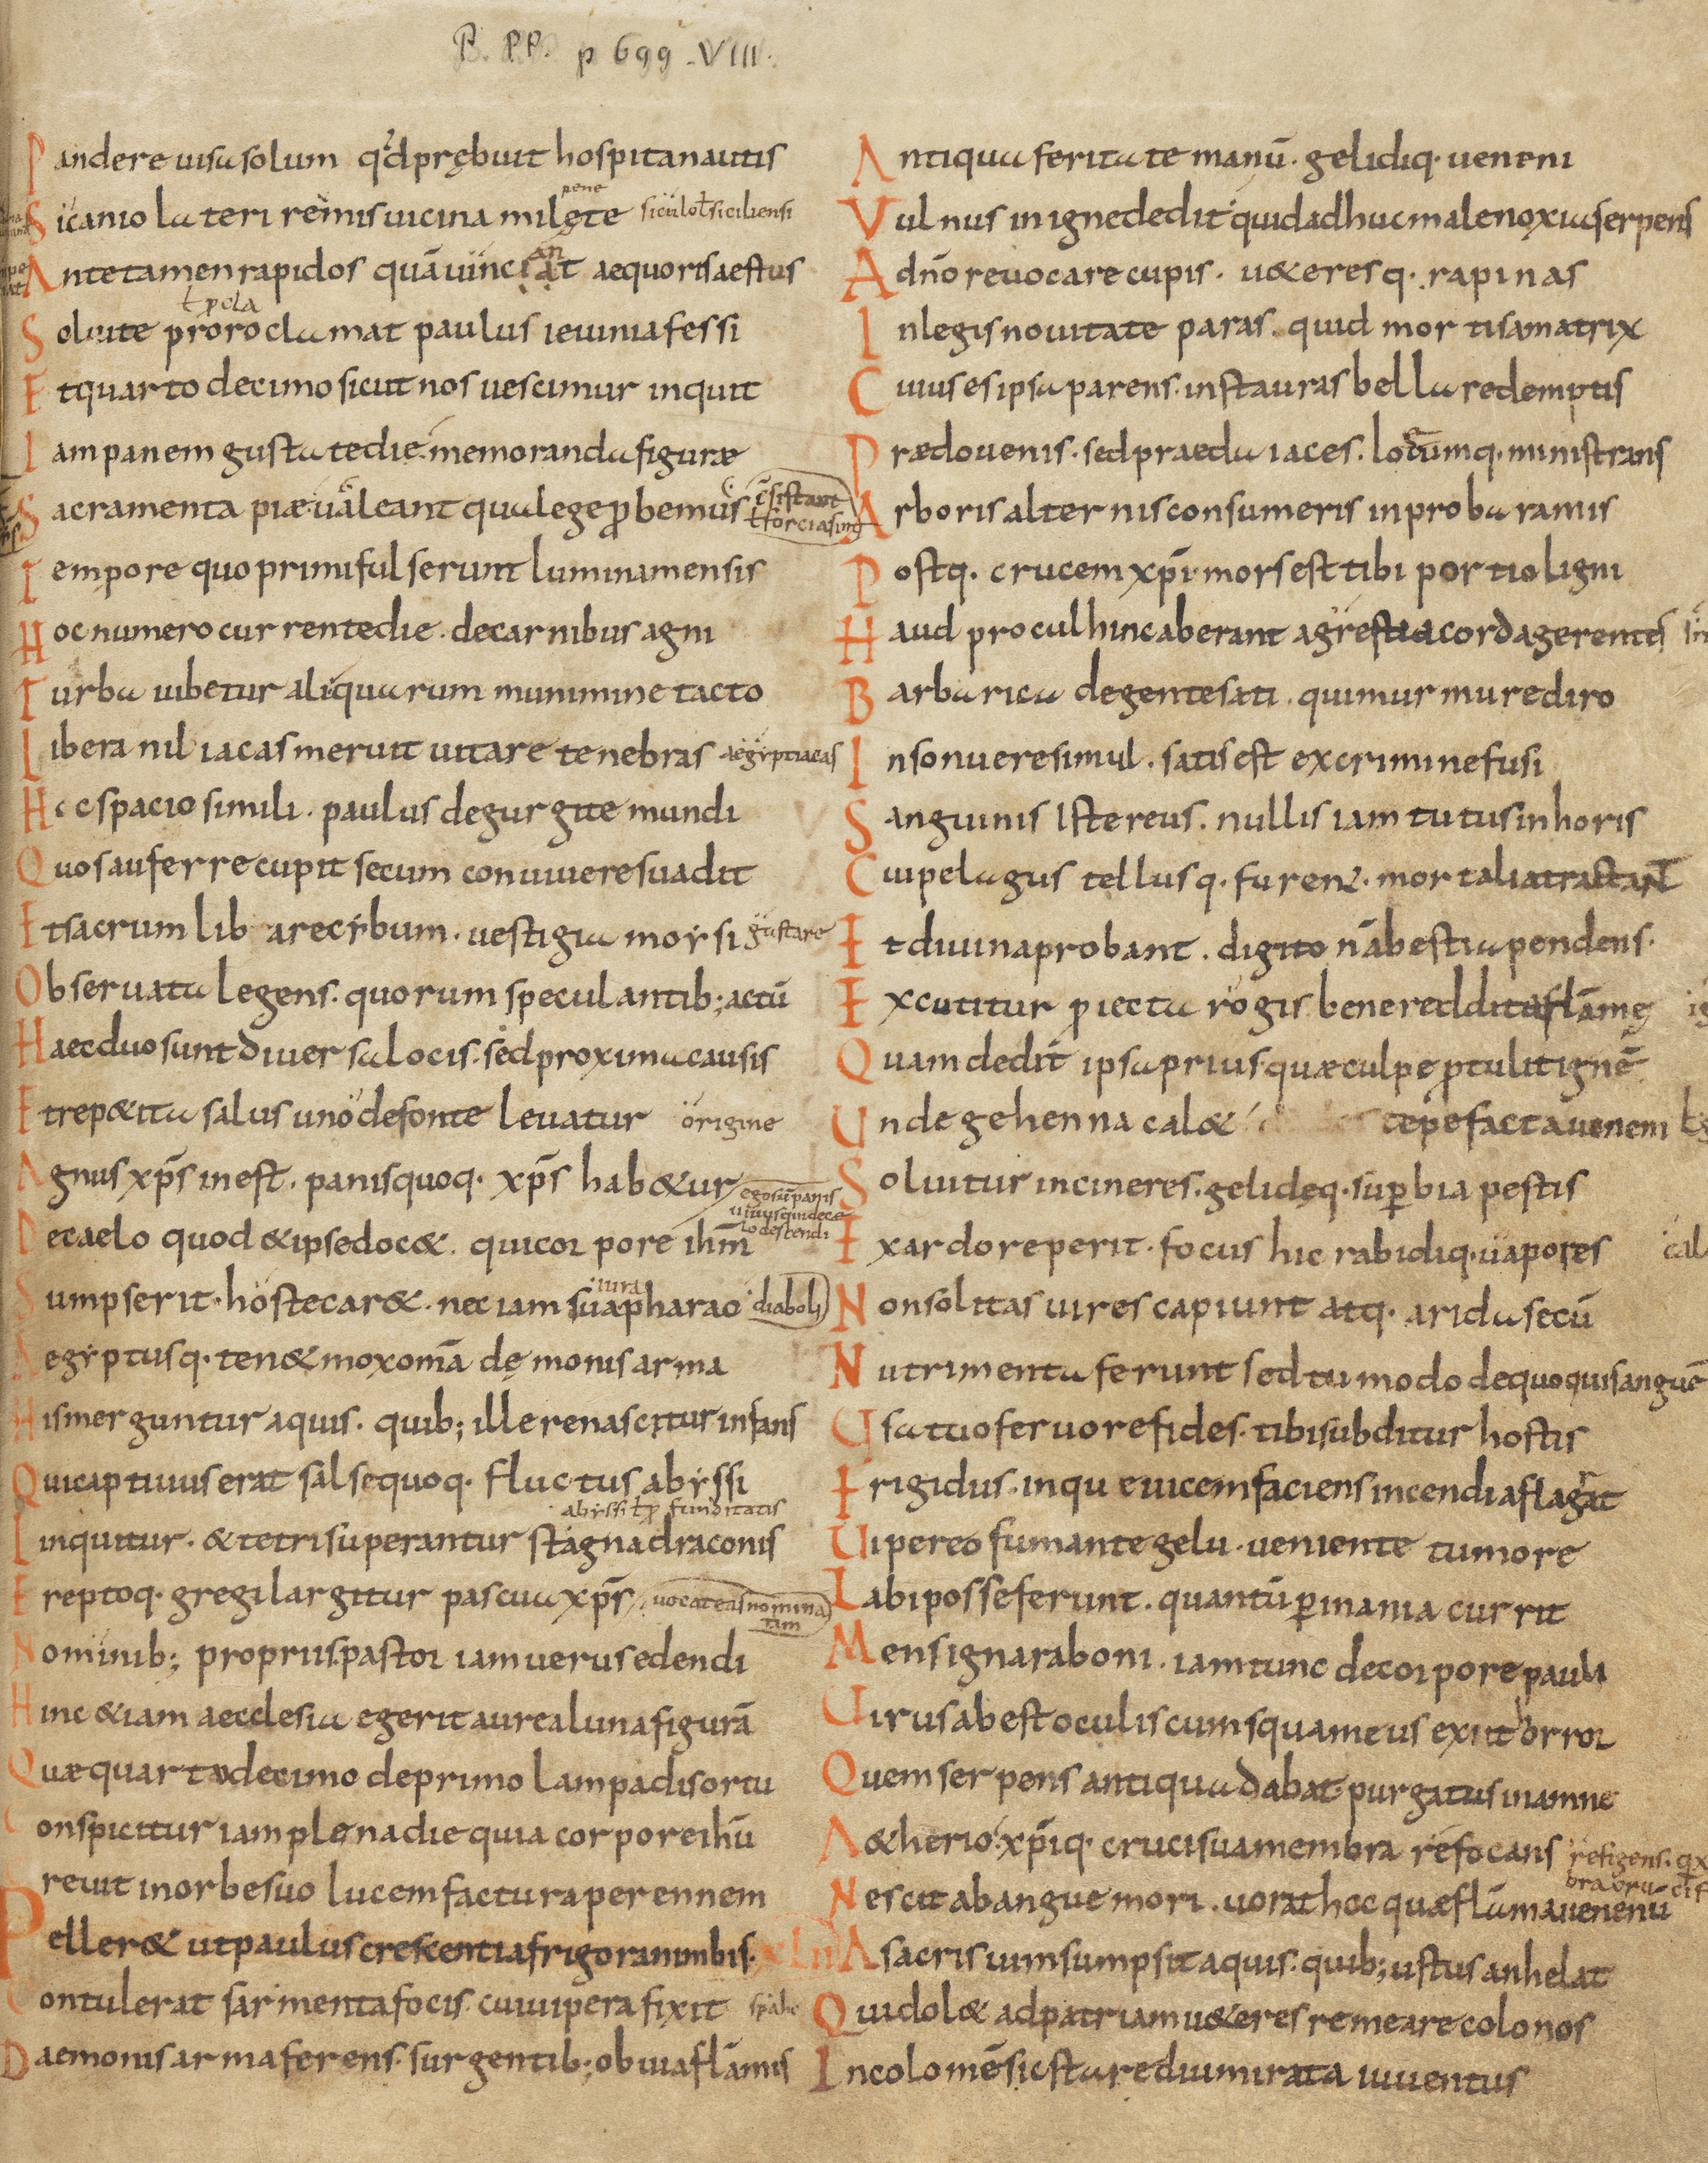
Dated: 833–999